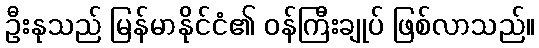
ဦးနုသည် မြန်မာနိုင်ငံ၏ ဝန်ကြီးချုပ် ဖြစ်လာသည်။